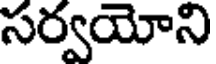
సర్వయోని